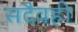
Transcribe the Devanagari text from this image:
सदैवही